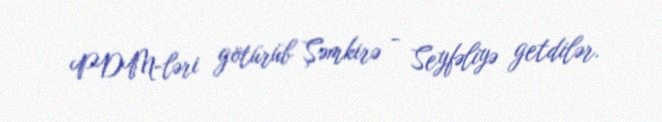
PDM-ləri götürüb Şəmkirə - Seyfəliyə getdilər.